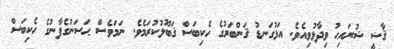
ޤާޟީ ޝުރައިޙު ވިދާޅުވިއެވެ. އަޅުގަނޑު ޤަންބަރުގެ ހެކިބަސް ޤަބޫލުކުރަމެވެ. ނަމަވެސް ޙަސަނުގެފާނުގެ ހެކިބަސް